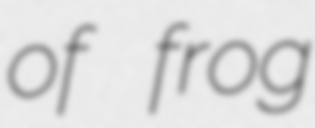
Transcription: of frog